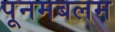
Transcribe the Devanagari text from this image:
पूनमबलम